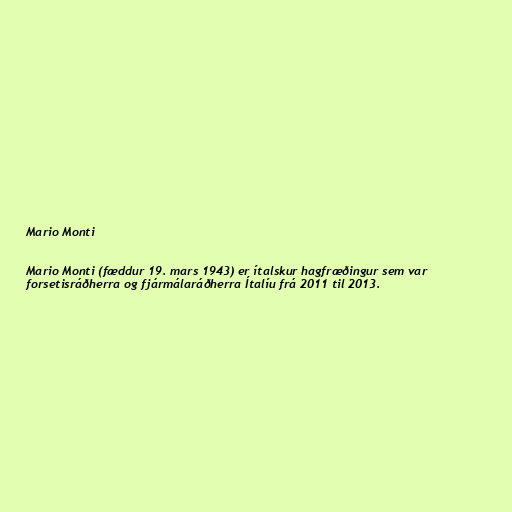
Mario Monti

Mario Monti (fæddur 19. mars 1943) er ítalskur hagfræðingur sem var
forsetisráðherra og fjármálaráðherra Ítalíu frá 2011 til 2013.